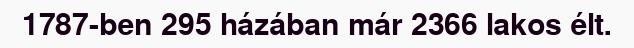
1787-ben 295 házában már 2366 lakos élt.